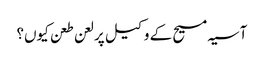
آسیہ مسیح کے وکیل پر لعن طعن کیوں؟